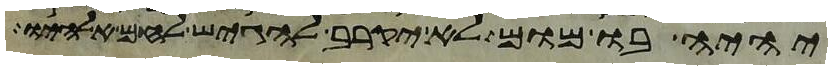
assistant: יהיה בו מום לא יקרב להגיש לחם אלהיו